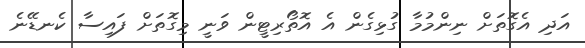
އަދި އެގޮތަށް ނިންމުމާ ގުޅިގެން އެ އޮތޯރިޓީން ވަނީ މިގޮތަށް ފައިސާ ކެނޑޭނެ